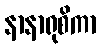
နာနာရုစိကာ